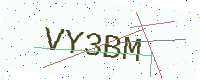
Text: VY3BM